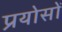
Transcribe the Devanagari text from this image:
प्रयोसों